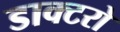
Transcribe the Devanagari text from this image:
डाक्टरो